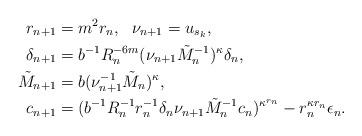
LaTeX: \begin{align*}r_{n+1}&=m^{2}r_{n},\ \ \nu_{n+1}=u_{s_k},\\\delta_{n+1}&= {b}^{-1}R_n^{-6m}(\nu_{n+1}\tilde M_n^{-1})^{\kappa}\delta_{n}, \\\tilde{M}_{n+1}&=b(\nu_{n+1}^{-1}\tilde{M}_{n})^{\kappa}, \\c_{n+1}&=( {b}^{-1}R_{n}^{-1}r_{n}^{-1}\delta_{n}\nu_{n+1}\tilde M_n^{-1}c_{n})^{\kappa^{r_{n}}}- r_{n}^{\kappa r_{n}}\epsilon_{n}.\end{align*}